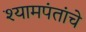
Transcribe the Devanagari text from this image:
श्यामपंतांचे